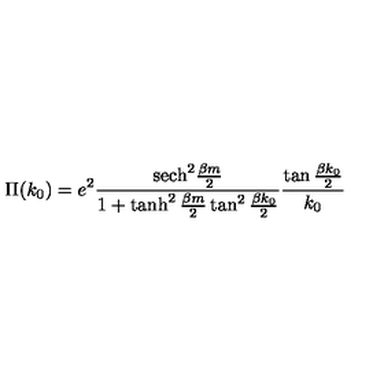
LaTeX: \Pi ( k _ { 0 } ) = e ^ { 2 } { \frac { \mathrm { s e c h } ^ { 2 } { \frac { \beta m } { 2 } } } { 1 + \tanh ^ { 2 } { \frac { \beta m } { 2 } } \tan ^ { 2 } { \frac { \beta k _ { 0 } } { 2 } } } } { \frac { \tan { \frac { \beta k _ { 0 } } { 2 } } } { k _ { 0 } } }